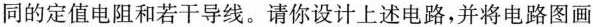
同的定值电阻和若干导线。请你设计上述电路，并将电路图画